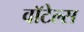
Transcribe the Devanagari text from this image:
वॉटेल्स